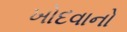
ખોદવાનો